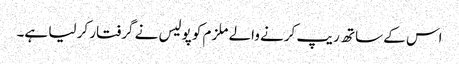
اس کے ساتھ ریپ کرنے والے ملزم کو پولیس نے گرفتار کر لیا ہے۔